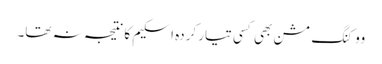
ووکنگ مشن بھی کسی تیار کردہ اسکیم کا نتیجہ نہ تھا۔